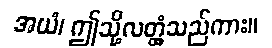
အယံ၊ ဤသို့လတ္တံ့သည်ကား။